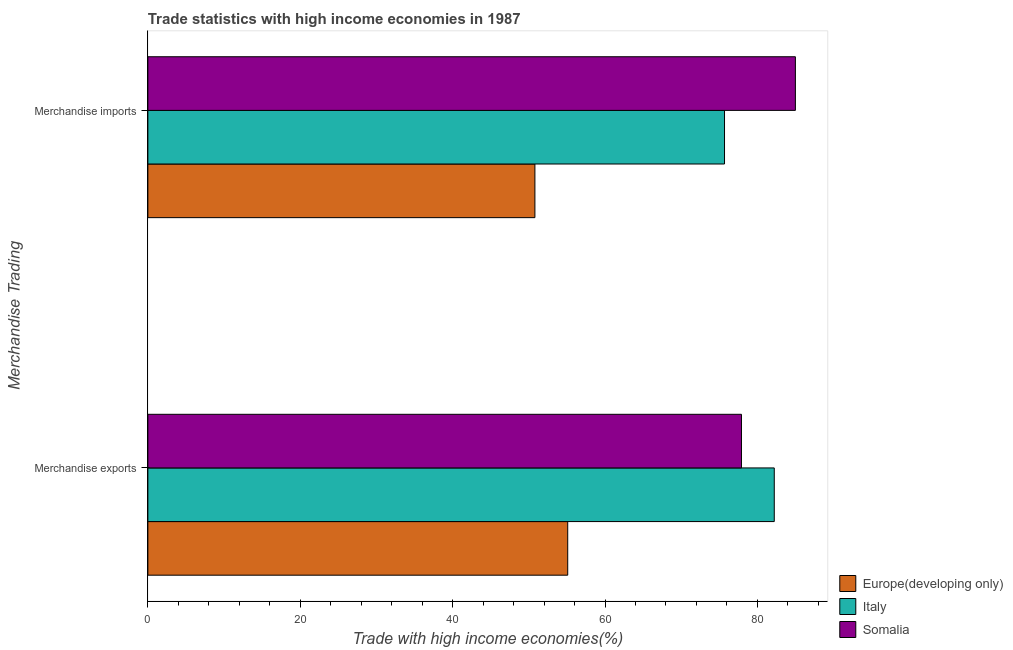
| Merchandise Trading | Europe(developing only) | Italy | Somalia |
 | --- | --- | --- | --- |
 | Merchandise exports | 55.1 | 82.2 | 77.9 |
 | Merchandise imports | 50.8 | 75.7 | 85 |